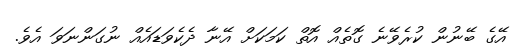
އޭގެ ބޭނުން ކުރެވޭނެ ގޮތެއް އޮތް ކަމަކަށް އޭނާ ދެކެވަޑައެއް ނުގަންނަވަ އެވެ.